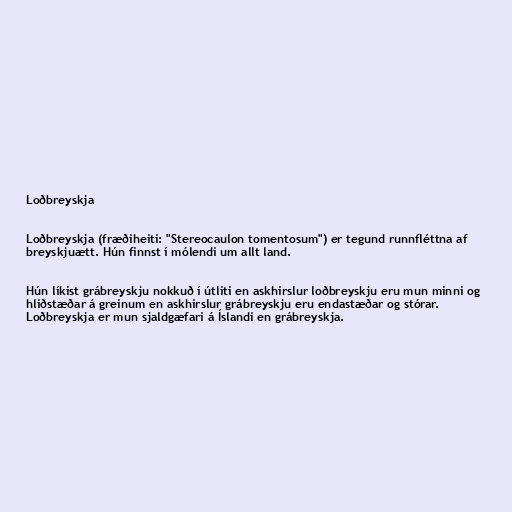
Loðbreyskja

Loðbreyskja (fræðiheiti: "Stereocaulon tomentosum") er tegund runnfléttna af
breyskjuætt. Hún finnst í mólendi um allt land.

Hún líkist grábreyskju nokkuð í útliti en askhirslur loðbreyskju eru mun minni og
hliðstæðar á greinum en askhirslur grábreyskju eru endastæðar og stórar.
Loðbreyskja er mun sjaldgæfari á Íslandi en grábreyskja.